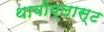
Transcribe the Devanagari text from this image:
थायोप्लास्ट